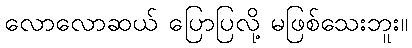
လောလောဆယ် ပြောပြလို့ မဖြစ်သေးဘူး။